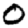
Digit: 0